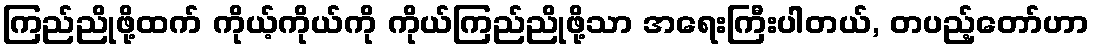
ကြည်ညိုဖို့ထက် ကိုယ့်ကိုယ်ကို ကိုယ်ကြည်ညိုဖို့သာ အရေးကြီးပါတယ်, တပည့်တော်ဟာ